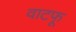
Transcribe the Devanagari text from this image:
वाटफू